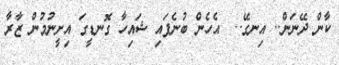
ކާން ދޭނަން.. އިނގޭ..  އެހެން ބުނެފައި ޝައިހާ ގޮނޑީގަ އިށީނުމުން ޒާރާ